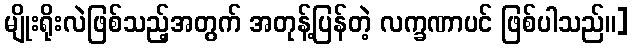
မျိုးရိုးလဲဖြစ်သည့်အတွက် အတုန့်ပြန်တဲ့ လက္ခဏာပင် ဖြစ်ပါသည်။]